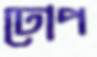
ঢোপ